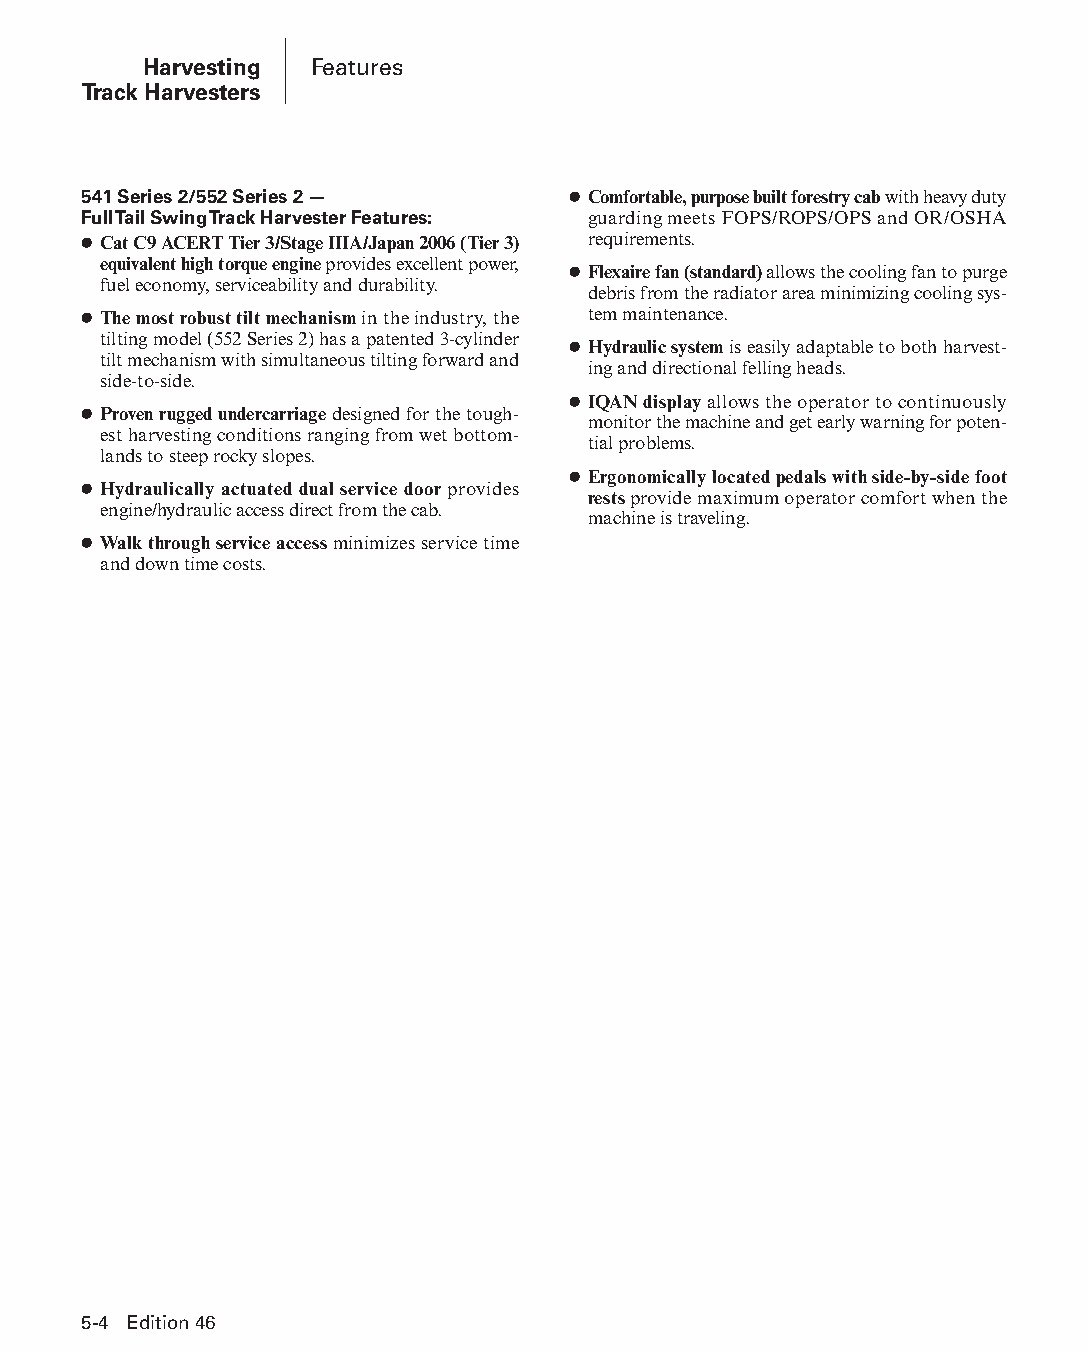
Harvesting Features
 Track Harvesters
 541 Series 2/552 Series 2 —     ● Comfortable, purpose built forestry cab with heavy duty
 Full Tail Swing Track Harvester Features: guarding meets FOPS/ROPS/OPS and OR/OSHA
 ● Cat C9 ACERT Tier 3/Stage IIIA/Japan 2006 (Tier 3) requirements.
 equivalent high torque engine provides excellent power,
 ● Flexaire fan (standard) allows the cooling fan to purge
 fuel economy, serviceability and durability.
 debris from the radiator area minimizing cooling sys-
 ● The most robust tilt mechanism in the industry, the tem maintenance.
 tilting model (552 Series 2) has a patented 3-cylinder
 ● Hydraulic system is easily adaptable to both har vest-
 tilt mechanism with simultaneous tilting forward and
 ing and directional felling heads.
 side-to-side.
 ● IQAN display allows the operator to continuously
 ● Proven rugged undercarriage designed for the tough-
 monitor the machine and get early warning for poten-
 est harvesting conditions ranging from wet bottom-
 tial problems.
 lands to steep rocky slopes.
 ● Ergonomically located pedals with side-by-side foot
 ● Hydraulically actuated dual service door pro vides
 rests provide maximum operator comfort when the
 engine/hydraulic access direct from the cab.
 machine is traveling.
 ● Walk through service access minimizes service time
 and down time costs.
 5-4 Edition 46
 PPHHBB--SSeecc0055--1166..iinndddd 44                          1122//44//1155 22::1188 PPMM